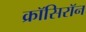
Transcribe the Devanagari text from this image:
क्रॉसिरॉन